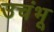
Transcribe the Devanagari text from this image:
उचंभू